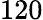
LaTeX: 120